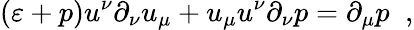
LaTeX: (\varepsilon+p)u^{\nu}\partial_{\nu}u_{\mu}+u_{\mu}u^{\nu}\partial_{\nu}p=\partial_{\mu}p\; \; ,